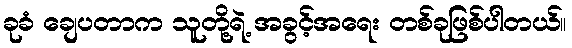
ခုခံ ချေပတာက သူတို့ရဲ့ အခွင့်အရေး တစ်ခုဖြစ်ပါတယ်။